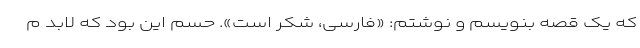
که یک قصه بنویسم و نوشتم: «فارسی، شکر است». حسم این بود که لابد م